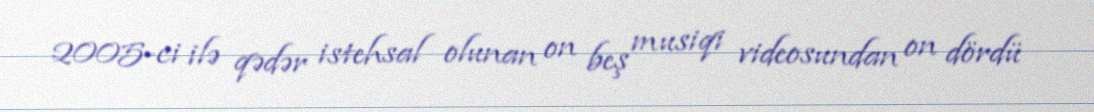
2005-ci ilə qədər istehsal olunan on beş musiqi videosundan on dördü